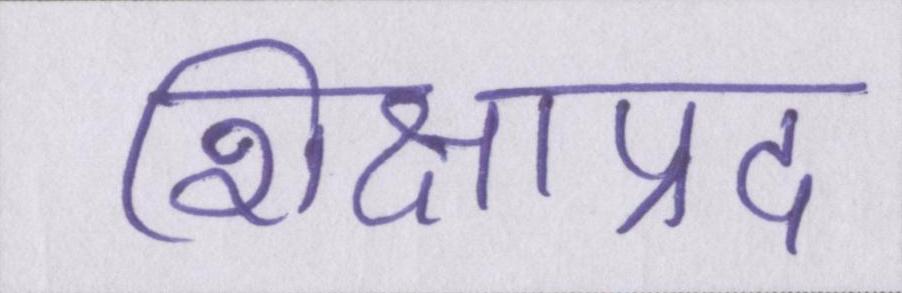
शिक्षाप्रद